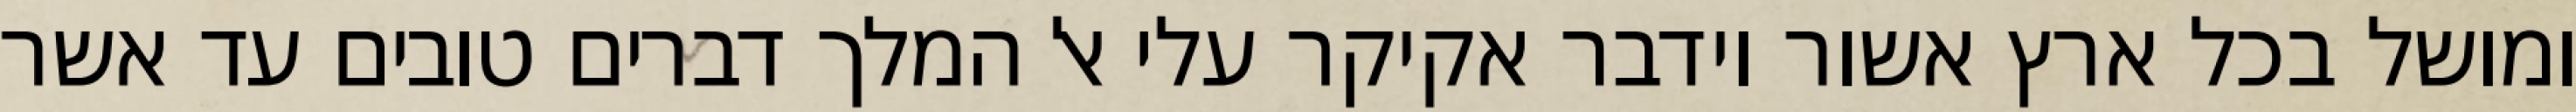
ומושל בכל ארץ אשור וידבר אקיקר עלי אל המלך דברים טובים עד אשר